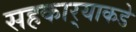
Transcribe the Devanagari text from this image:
सहकार्‍याकडे